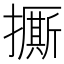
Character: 𱠾